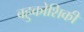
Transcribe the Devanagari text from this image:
बहुकोशिकी